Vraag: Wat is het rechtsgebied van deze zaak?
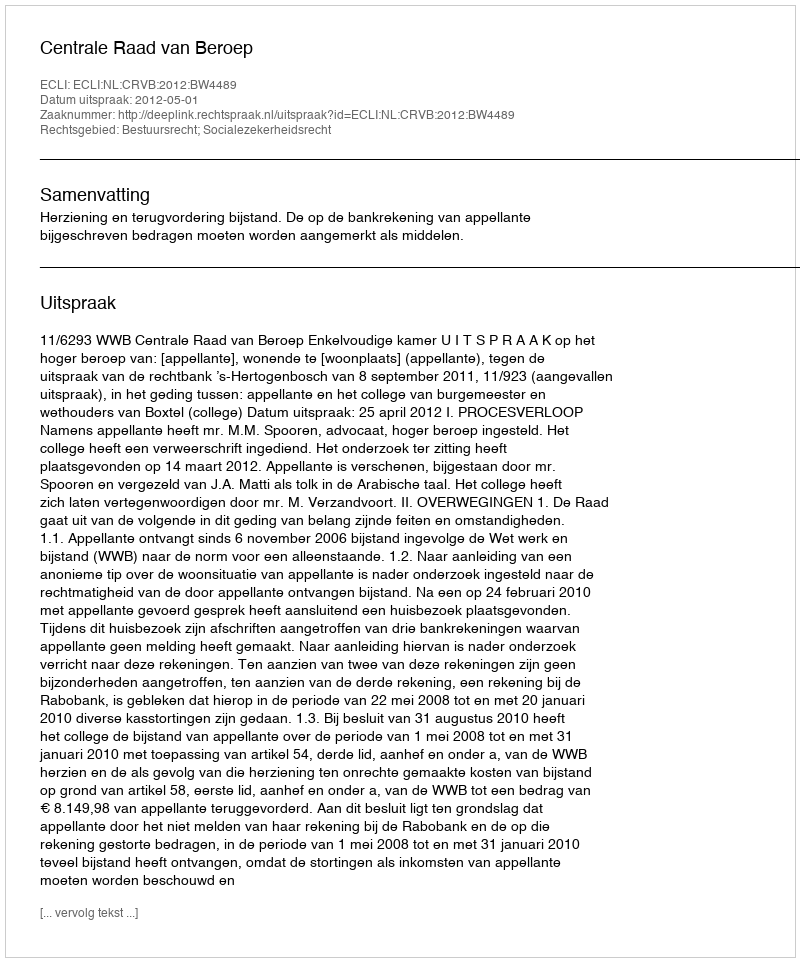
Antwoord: Bestuursrecht; Socialezekerheidsrecht